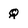
Character: q